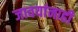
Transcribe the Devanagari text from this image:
जावयांनाही